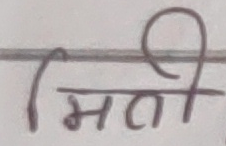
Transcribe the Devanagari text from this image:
मिति